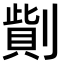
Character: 𠟓